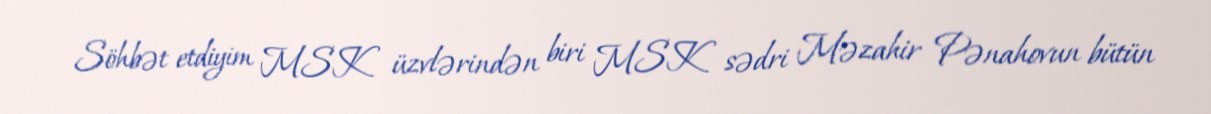
Söhbət etdiyim MSK üzvlərindən biri MSK sədri Məzahir Pənahovun bütün